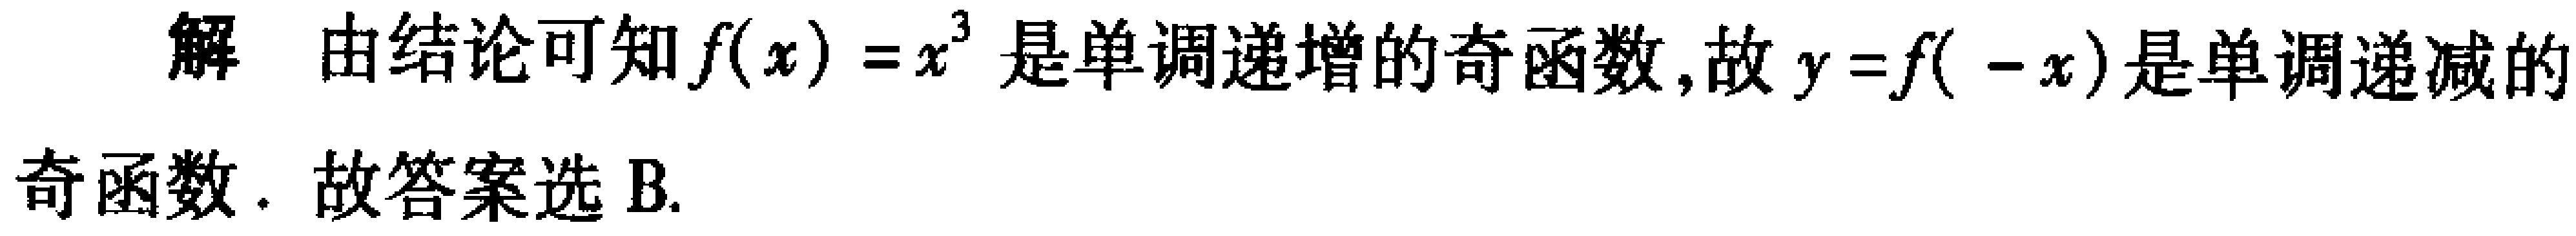
解 由结论可知\(f(x)=x^{3}\)是单调递增的奇函数,故\(y = f(-x)\)是单调递减的奇函数. 故答案选B.